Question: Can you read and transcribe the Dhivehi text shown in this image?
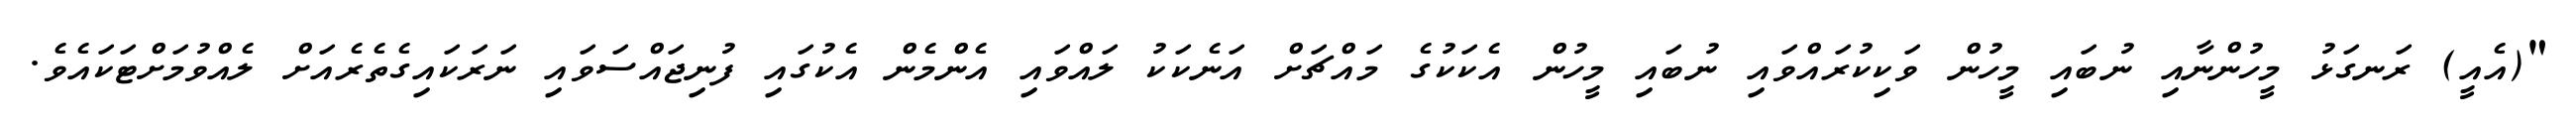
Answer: "(އެއީ) ރަނގަޅު މީހުންނާއި ނުބައި މީހުން ވަކިކުރައްވައި ނުބައި މީހުން އެކަކުގެ މައްޗަށް އަނެކަކު ލައްވައި އެންމެން އެކުގައި ފުނިޖައްސަވައި ނަރަކައިގެތެރެއަށް ލެއްވުމަށްޓަކައެވެ.